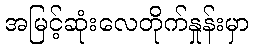
အမြင့်ဆုံးလေတိုက်နှုန်းမှာ